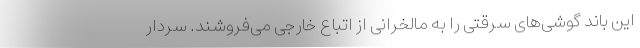
این باند گوشی‌های سرقتی را به مالخرانی از اتباع خارجی می‌فروشند. سردار